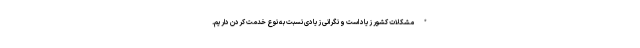
* مشکلات کشور زیاد است و نگرانی زیادی نسبت به نوعِ خدمت کردن داریم.